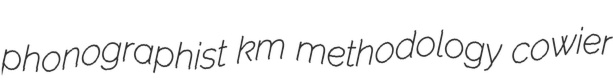
phonographist km methodology cowier